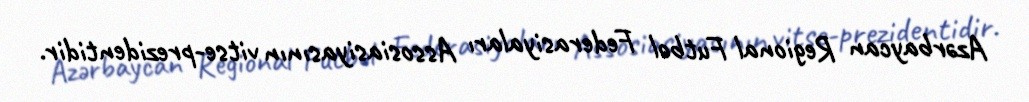
Azərbaycan Regional Futbol Federasiyaları Assosiasiyasının vitse-prezidentidir.